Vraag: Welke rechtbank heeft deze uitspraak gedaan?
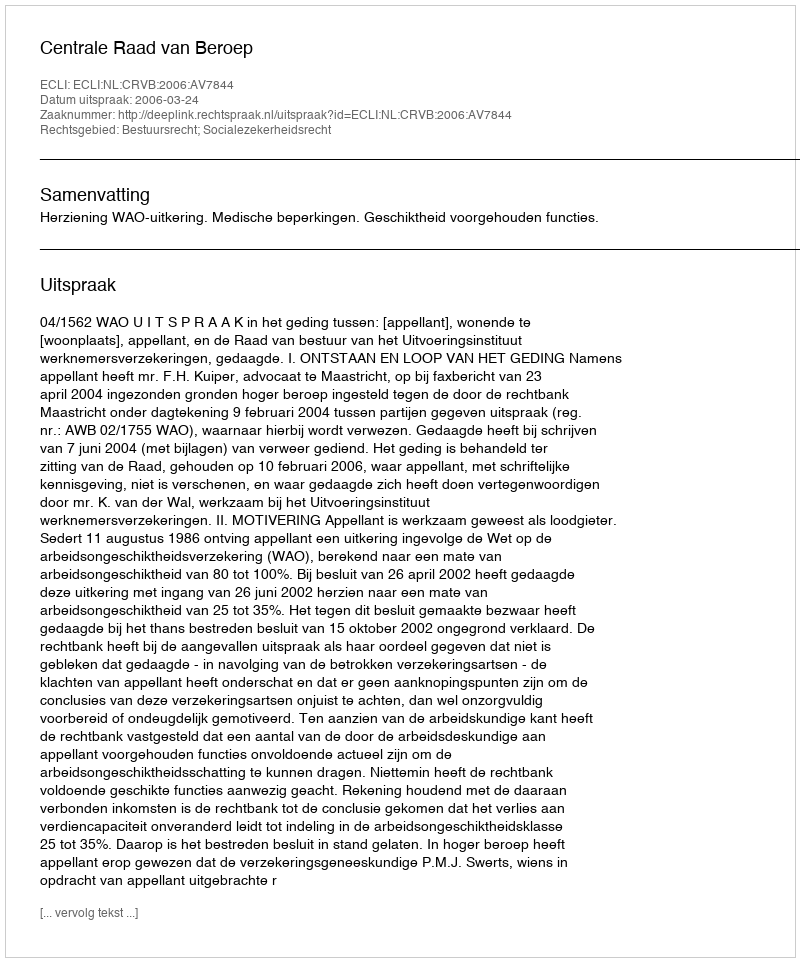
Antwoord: Centrale Raad van Beroep